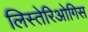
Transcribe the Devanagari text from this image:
लिस्तेरिओगिस